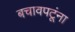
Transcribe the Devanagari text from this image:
बचावपटूंना